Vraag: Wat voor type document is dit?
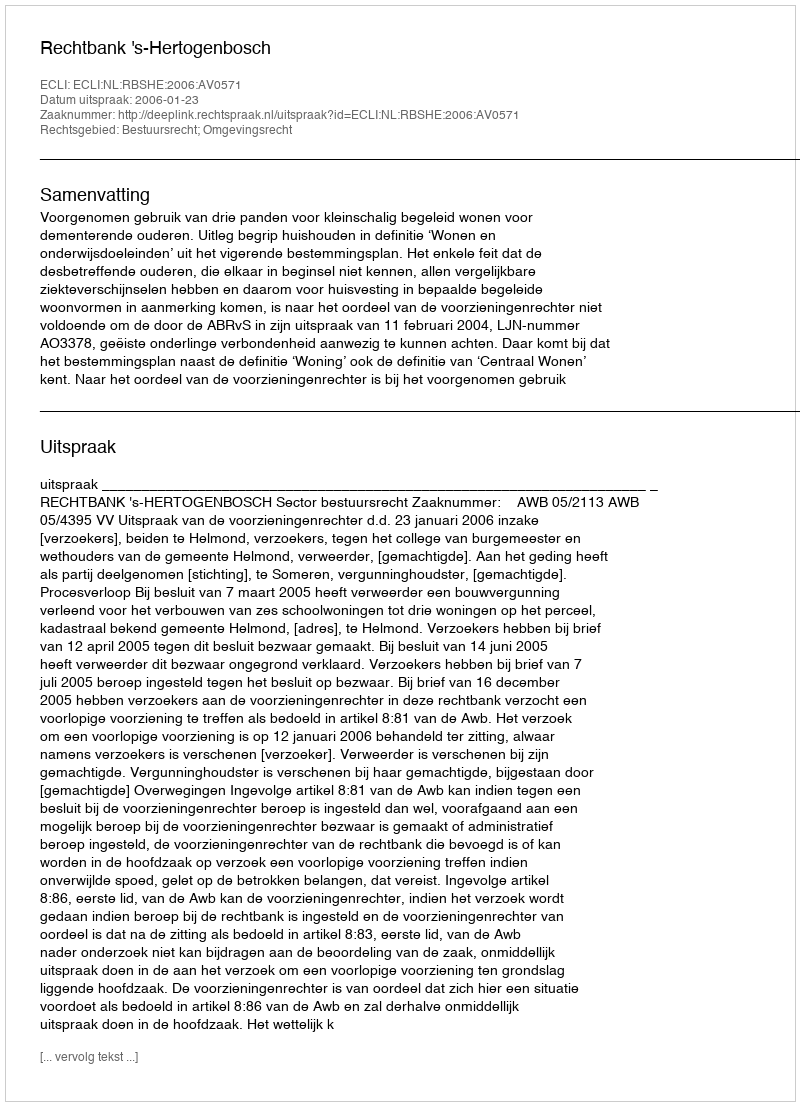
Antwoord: Uitspraak